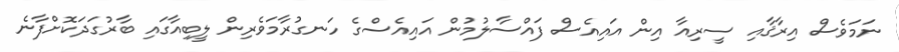
ނަމަވެސް އިރާޤާއި ސީރިއާ އިން އައިއެސް ފައްސާލުމުން އައިއެސްގެ ހަނގުރާމަވެރިން ލީބިއާގައި ބާރުގަދަކޮށްފާނެ